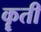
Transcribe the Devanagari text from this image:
कॄती